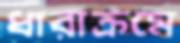
ধারাক্রমে